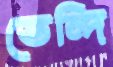
ভেন্দি